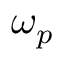
\omega _ { p }